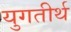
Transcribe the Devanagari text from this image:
युगतीर्थ